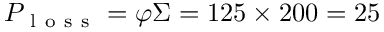
P _ { \mathrm { ~ l ~ o ~ s ~ s ~ } } = \varphi \Sigma = 1 2 5 \times 2 0 0 = 2 5